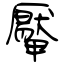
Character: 厴